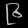
Digit: ၉